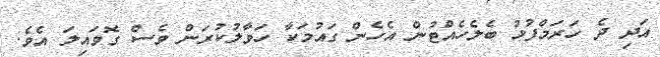
އަދި ދެ ހަރަމްފުޅު ބެލެހެއްޓުން އެހެން ގައުމަކާ ހަވާލުކުރަން ވެސް ގޮވައިލަ އެވެ.